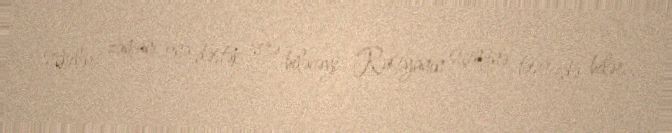
seçkilər zamanı ona dəstək verə biləcəyi Rusiyanın seçiminə təsir edə bilər.